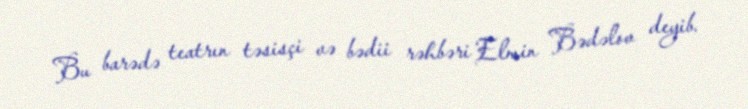
Bu barədə teatrın təsisçi və bədii rəhbəri Elmin Bədəlov deyib.